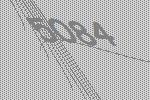
5084